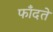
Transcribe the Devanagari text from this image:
फाँदते